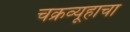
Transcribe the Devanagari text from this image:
चक्रव्यूहाचा